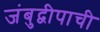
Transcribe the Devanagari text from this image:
जंबुद्वीपाची